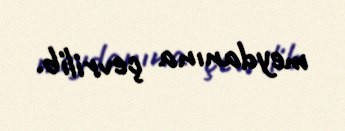
meydanına çevrilib.